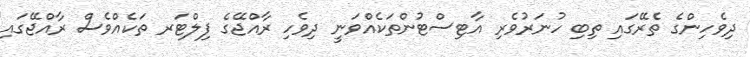
ދިވެހިންގެ ތެރޭގައި ތިބި ހުނަރުވެރި އާޓިސްޓުންތަކެއްވަނީ ދިވެހި ރާއްޖޭގެ ފިލްޓަރ ތަކެއްވެސް ރާއްޖޭގައި